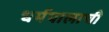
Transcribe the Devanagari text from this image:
धर्मपालाची